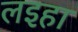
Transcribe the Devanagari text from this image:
लइहा